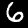
Label: 6